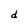
Character: d